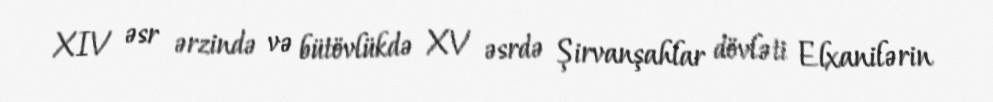
XIV əsr ərzində və bütövlükdə XV əsrdə Şirvanşahlar dövləti Elxanilərin